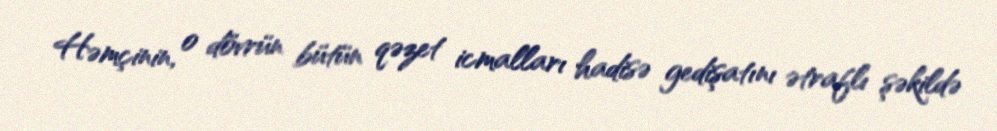
Həmçinin, o dövrün bütün qəzet icmalları hadisə gedişatını ətraflı şəkildə